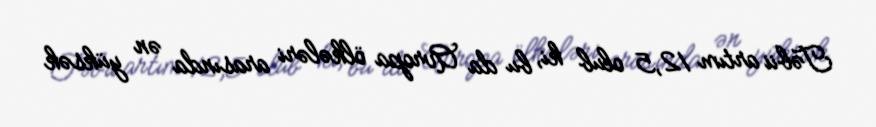
Təbii artım 12,5 olub ki, bu da Avropa ölkələri arasında ən yüksək